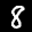
Label: 8